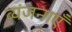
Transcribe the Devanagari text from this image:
व्यंजनाएँ